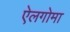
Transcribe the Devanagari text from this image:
ऐलगोमा